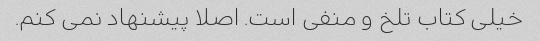
خیلی کتاب تلخ و منفی است. اصلا پیشنهاد نمی کنم.